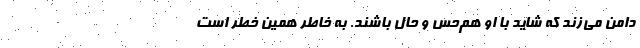
دامن می‌زند که شاید با او هم‌حس و حال باشند. به خاطر همین خطر است